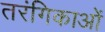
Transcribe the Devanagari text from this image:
तरंगिकाओं